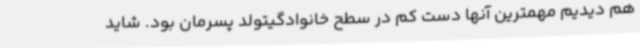
هم دیدیم مهمترین آنها دست کم در سطح خانوادگیتولد پسرمان بود. شاید